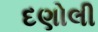
દણોલી